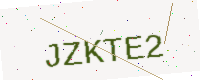
Text: JZKTE2